Indian journal of veterinary science and animal husbandry - Volume 3,
Year: 1933
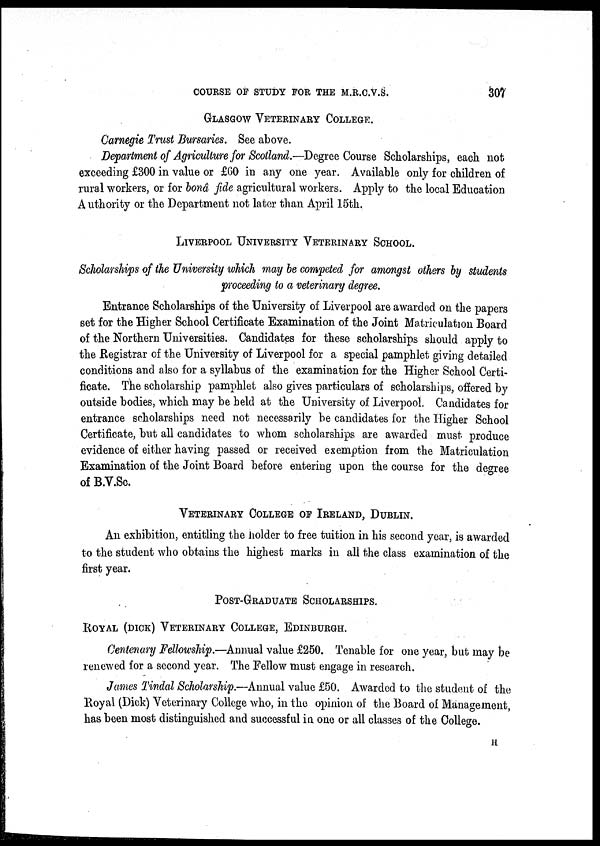
COURSE OF STUDY FOR THE M.R.C.V.S.
307
GLASGOW VETERINARY COLLEGE.
Carnegie Trust Bursaries. See above.
Department of Agriculture for Scotland.—Degree Course Scholarships, each not
exceeding £300 in value or £60 in any one year. Available only for children of
rural workers, or for bonô fide agricultural workers. Apply to the local Education
Authority or the Department not later than April 15th.
LIVERPOOL UNIVERSITY VETERINARY SCHOOL.
Scholarships of the University which may be competed for amongst others by students
proceeding to a veterinary degree.
Entrance Scholarships of the University of Liverpool are awarded on the papers
set for the Higher School Certificate Examination of the Joint Matriculation Board
of the Northern Universities. Candidates for these scholarships should apply to
the Registrar of the University of Liverpool for a special pamphlet giving detailed
conditions and also for a syllabus of the examination for the Higher School Certi-
ficate. The scholarship pamphlet also gives particulars of scholarships, offered by
outside bodies, which may be held at the University of Liverpool. Candidates for
entrance scholarships need not necessarily be candidates for the Higher School
Certificate, but all candidates to whom scholarships are awarded must produce
evidence of either having passed or received exemption from the Matriculation
Examination of the Joint Board before entering upon the course for the degree
of B.V.Sc.
VETERINARY COLLEGE OF IRELAND, DUBLIN.
An exhibition, entitling the holder to free tuition in his second year, is awarded
to the student who obtains the highest marks in all the class examination of the
first year.
POST-GRADUATE SCHOLARSHIPS.
ROYAL (DICK) VETERINARY COLLEGE, EDINBURGH.
Centenary Fellowship.—Annual value £250. Tenable for one year, but may be
renewed for a second year. The Fellow must engage in research.
James Tindal Scholarship.—Annual value £50. Awarded to the student of the
Royal (Dick) Veterinary College who, in the opinion of the Board of Management,
has been most distinguished and successful in one or all classes of the College.
H